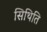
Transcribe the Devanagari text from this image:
सिथिति